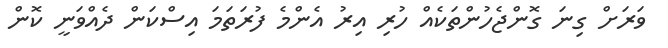
ވަރަށް ގިނަ ގޮންޖެހުންތަކެއް ހުރި އިރު އެންމެ ފުރަތަމަ އިސްކަން ދެއްވަނީ ކޮން